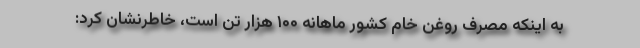
به اینکه مصرف روغن خام کشور ماهانه ۱۰۰ هزار تن است، خاطرنشان کرد: